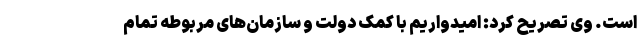
است. وی تصریح کرد: امیدواریم با کمک دولت و سازمان‌های مربوطه تمام